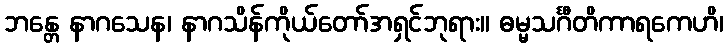
ဘန္တေ နာဂသေန၊ နာဂသိန်ကိုယ်တော်အရှင်ဘုရား။ ဓမ္မသင်္ဂီတိကာရကေဟိ၊